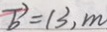
\overrightarrow { b } = 1 3 , m .